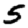
Digit: 5